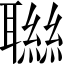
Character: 聮